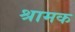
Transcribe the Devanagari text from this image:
श्रामक